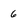
Character: 6